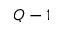
Q - 1